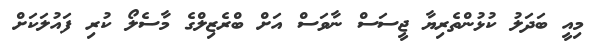
މިއީ ބަދަލު ކުޅުންތެރިޔާ ޖީސަސް ނާވަސް އަށް ބްރެޒިލްގެ މާސެލޯ ކުރި ފައުލަކަށް